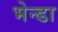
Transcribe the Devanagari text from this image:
भेन्डा